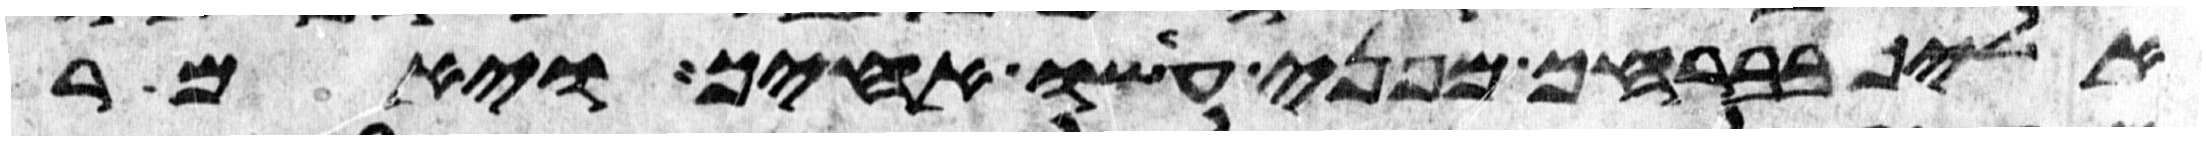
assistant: אליך בברחך מפני עשו אחיך ויאמר